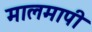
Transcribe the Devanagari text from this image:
मालमापी